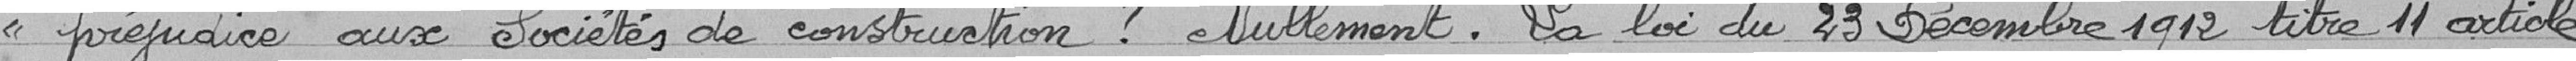
"préjudice aux sociétés de construction ? Nullement. La loi du 23 Décembre 1912 titre 11, article